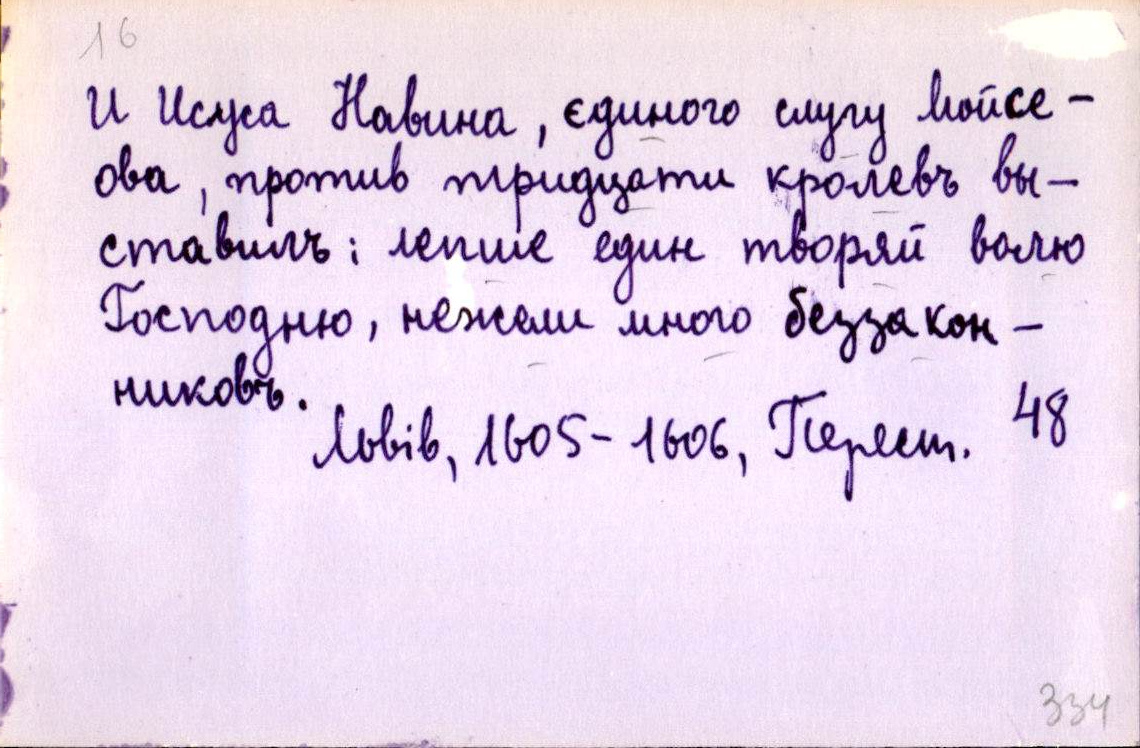
И Исуса Навина, єдиного слугу Мойсе-
ова, против тридцати кролевъ вы-
ставилъ; лепше един творяй волю
Господню, нежели много беззакон-
никовъ.
Львів, 1605-1606, Перест. 48